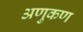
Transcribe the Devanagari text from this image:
अणुकण